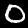
Digit: 0